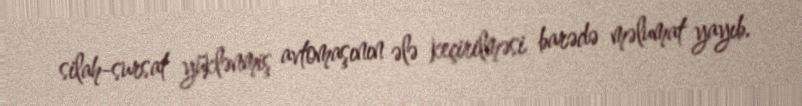
silah-sursat yüklənmiş avtomaşının ələ keçirilməsi barədə məlumat yayıb.